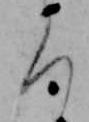
ろ